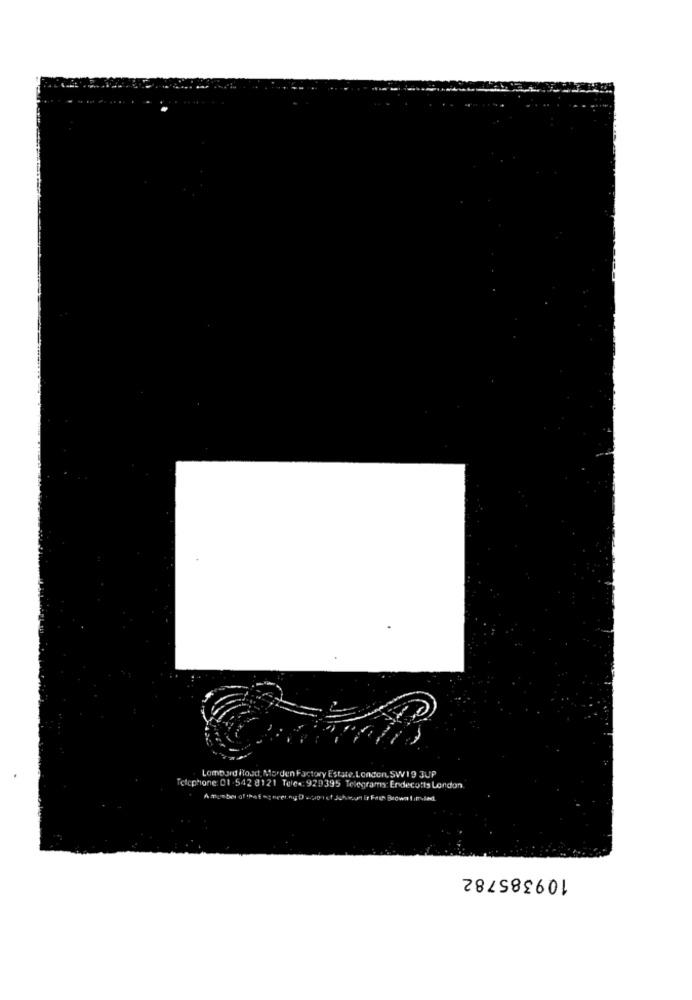
Lombard Road, Morden Factory Estate, London, 5W19 JUP
Telephone 01 .542 8121 Tele .: 929395 Telegramy: Endecotts London
109385782